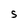
Character: S